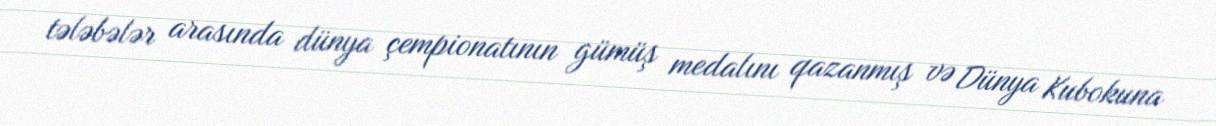
tələbələr arasında dünya çempionatının gümüş medalını qazanmış və Dünya Kubokuna